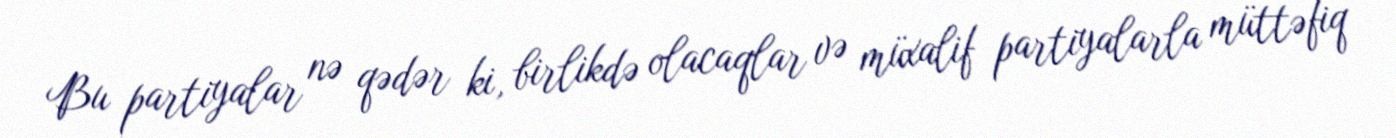
Bu partiyalar nə qədər ki, birlikdə olacaqlar və müxalif partiyalarla müttəfiq